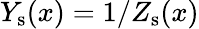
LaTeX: Y_{\mathrm{s}}(x)=1/Z_{\mathrm{s}}(x)